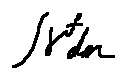
\int \gamma ^ { f } d m